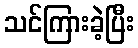
သင်ကြားခဲ့ပြီး